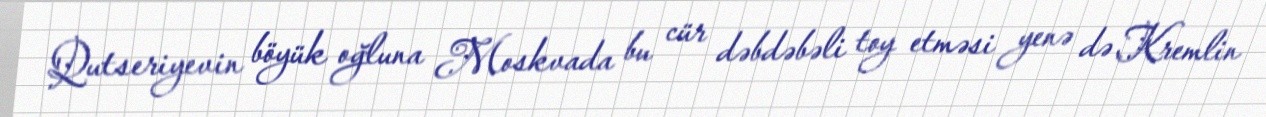
Qutseriyevin böyük oğluna Moskvada bu cür dəbdəbəli toy etməsi yenə də Kremlin